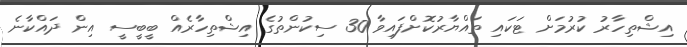
އިޝްތިހާރު ކުރުމަށް ޓަކައި ތައްޔާރުކޮށްފައިވާ 30 ސިކުންތުގެ އިޝްތިހާރެއް ބީބީސީ އިން ދައްކާނެ